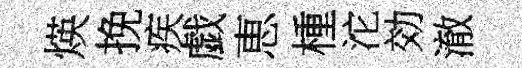
煐挽疾戯恵㮔沱効澈